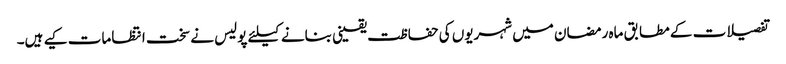
تفصیلات کے مطابق ماہ رمضان میں شہریوں کی حفاظت یقینی بنانے کیلئے پولیس نے سخت انتظامات کیے ہیں۔